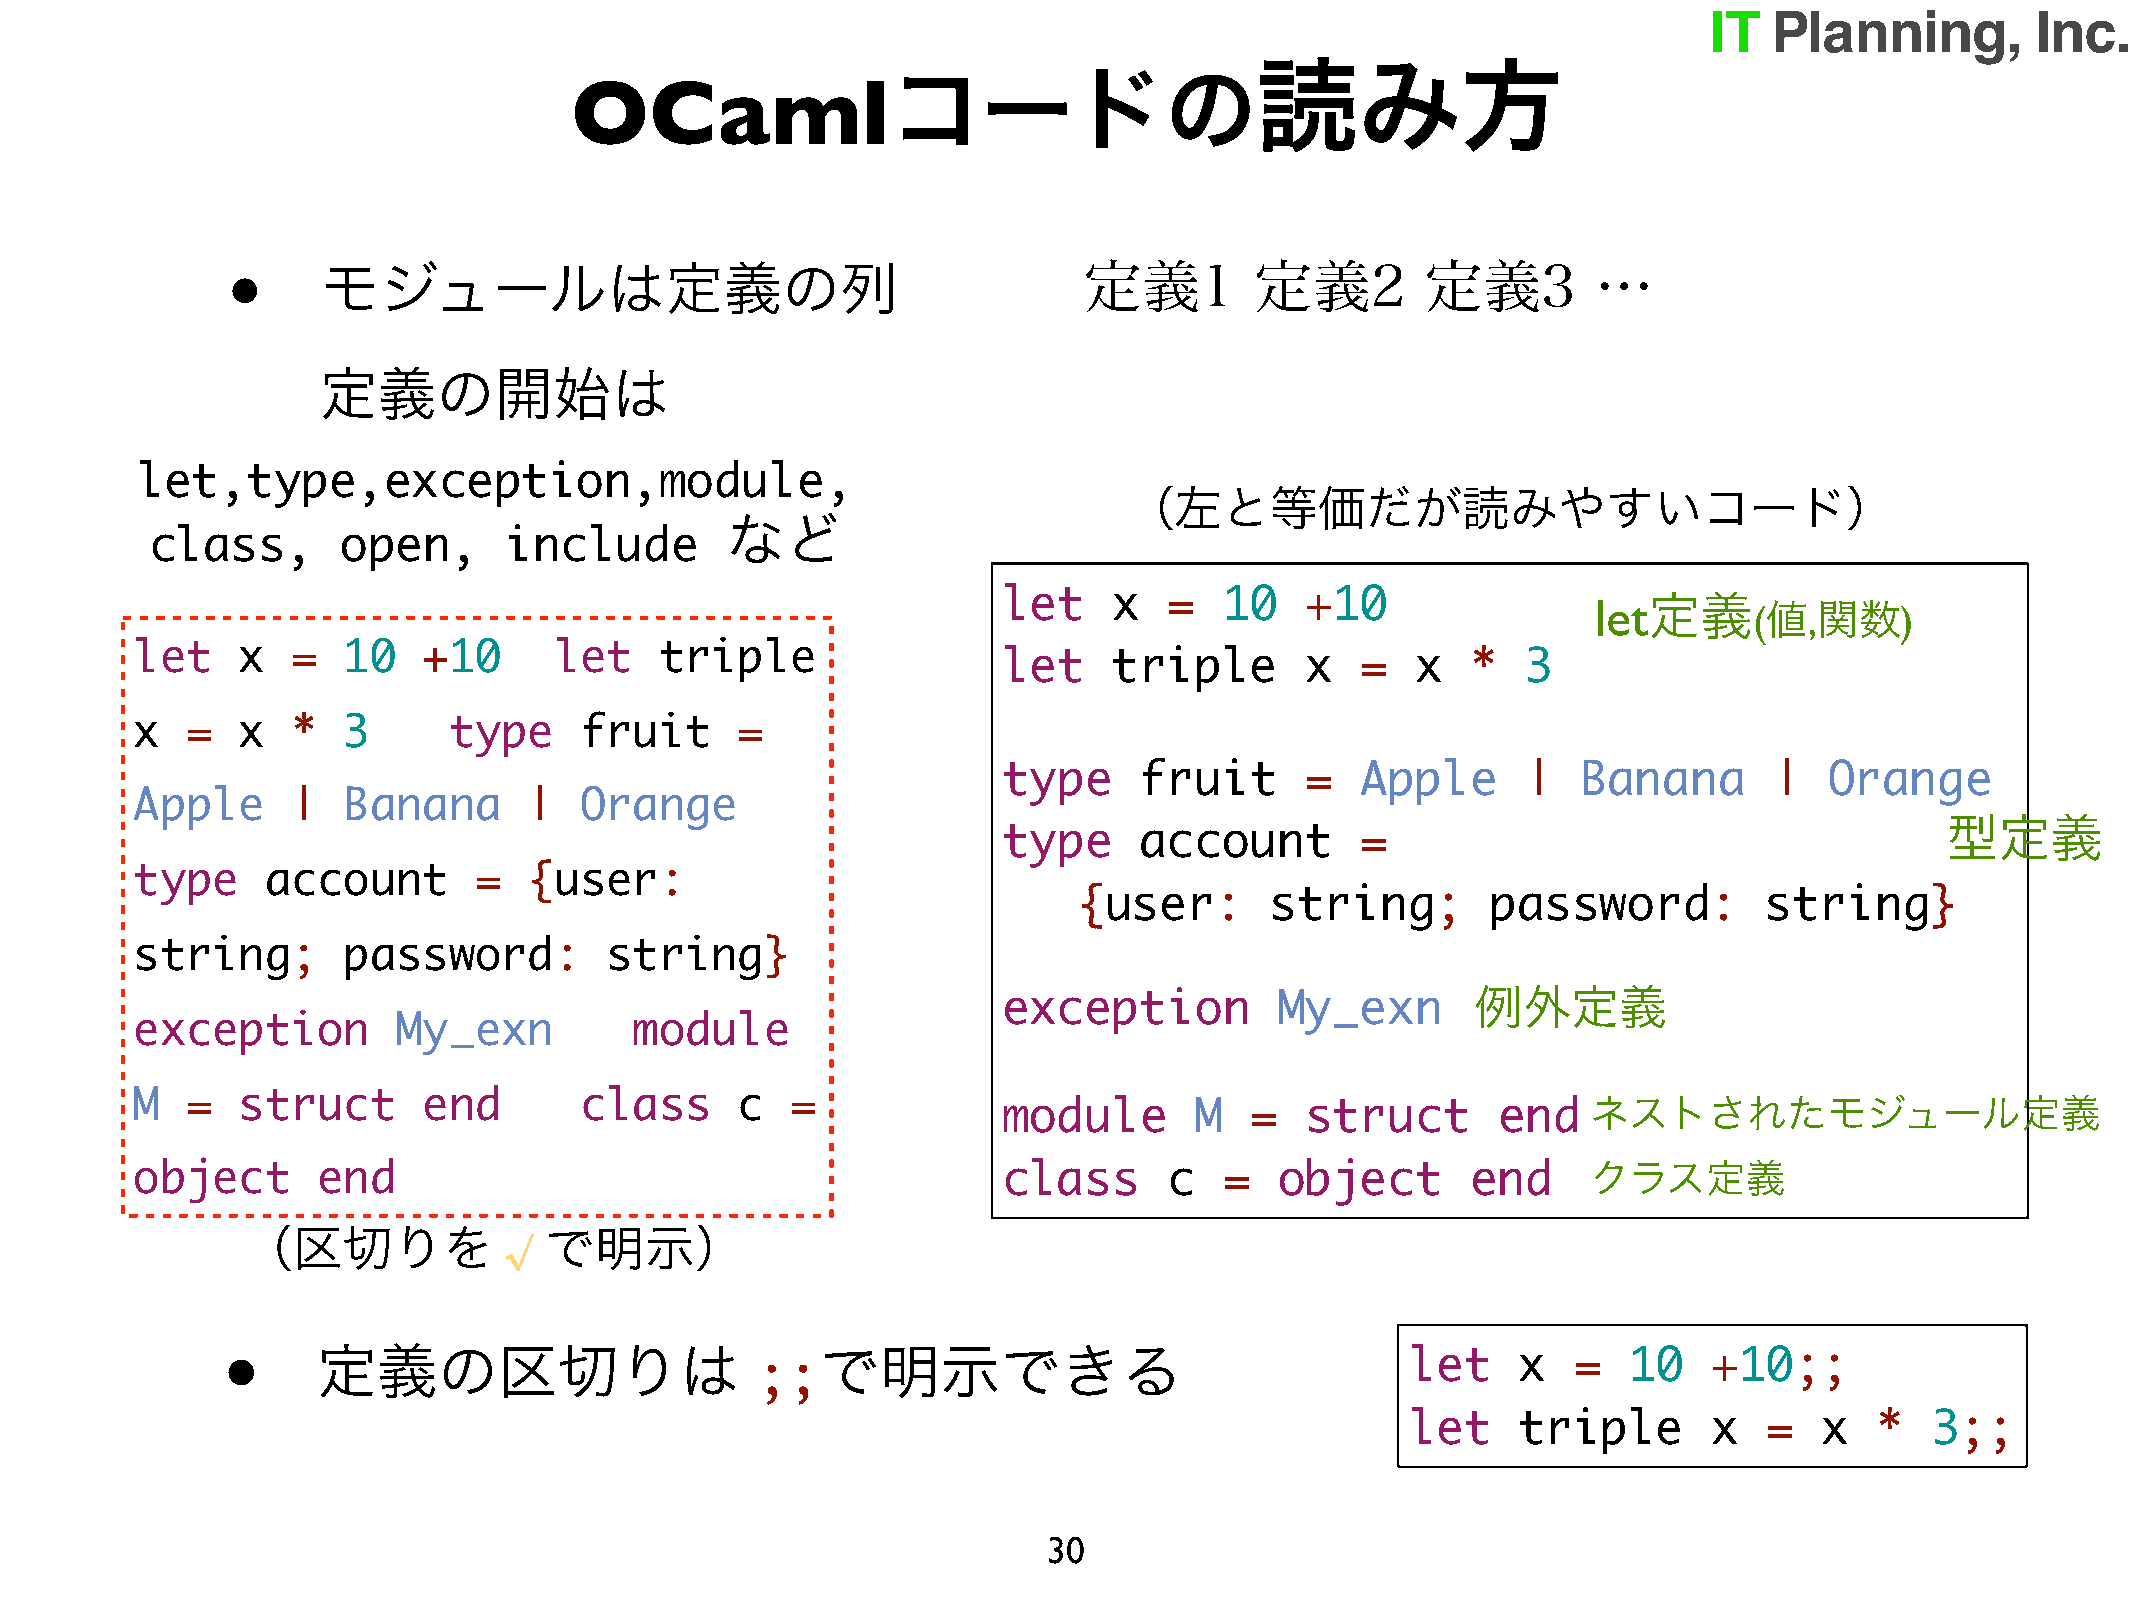
読み方
 コードの
 OCaml
 •
 モジュールは定義の列                                         定義1        定義2        定義3         …
 定義の開始は
 let,type,exception,module,
 （左と等価だが読みやすいコード）
 など
 class,       open,      include
 let     x  =   10   +10                 let定義
 (値,関数)
 let    x  =   10   +10      let    triple
 let     triple      x   =   x  *   3
 x  =   x  *   3      type    fruit      =
 type     fruit      =   Apple      |   Banana      |   Orange
 Apple     |   Banana      |  Orange
 型定義
 type     account        =
 type     account      =   {user:
 {user:       string;        password:         string}
 string;       password:        string}
 例外定義
 exception          My_exn
 exception        My_exn          module
 M  =   struct      end       class      c  =
 module       M   =  struct       end   ネストされたモジュール定義
 object      end                                          class      c   =   object      end     クラス定義
 （区切りを               で明示）
 √
 •
 定義の区切りは                          で明示できる
 let     x  =   10   +10;;
 ;;
 let     triple      x   =   x  *   3;;
 30